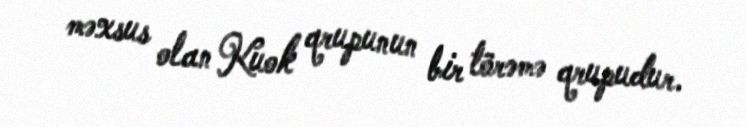
məxsus olan Kuok qrupunun bir törəmə qrupudur.